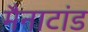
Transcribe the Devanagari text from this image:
मैनाटांड